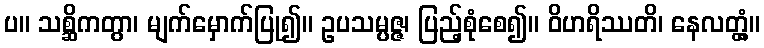
ပ။ သစ္ဆိကတွာ၊ မျက်မှောက်ပြု၍။ ဥပသမ္ပဇ္ဇ၊ ပြည့်စုံစေ၍။ ဝိဟရိဿတိ၊ နေလတ္တံ့။